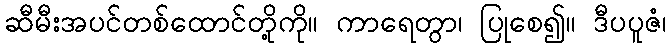
ဆီမီးအပင်တစ်ထောင်တို့ကို။ ကာရေတွာ၊ ပြုစေ၍။ ဒီပပူဇံ၊